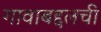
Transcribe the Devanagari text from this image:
गावाबद्दलची